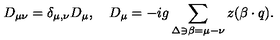
D _ { \mu \nu } = \delta _ { \mu , \nu } D _ { \mu } , \quad D _ { \mu } = - i g \sum _ { \Delta \ni \beta = \mu - \nu } z ( \beta \cdot q ) .